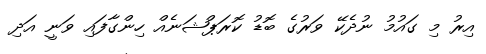
އިރު މި ގައުމު ނުދެކޭ ވަރުގެ ބޮޑު ކޮރަޕްޝަނެއް ހިންގާފައި ވަނީ އަދި